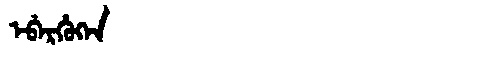
Manchu: ᡝᠪᡝᡵᡥᡠᡴᡝᠨ
Romanization: EBERHUKEN